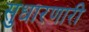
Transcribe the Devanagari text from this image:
सुधारणारी